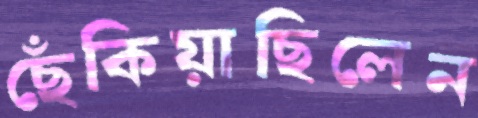
ছেঁকিয়াছিলেন